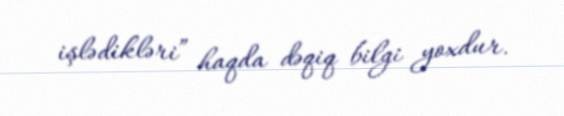
işlədikləri” haqda dəqiq bilgi yoxdur.